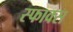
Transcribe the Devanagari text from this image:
स्फाक्स